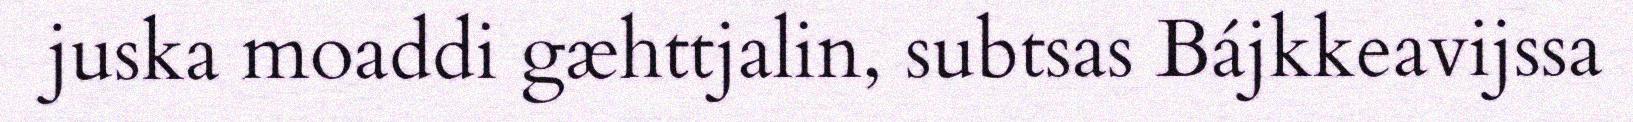
juska moaddi gæhttjalin, subtsas Bájkkeavijssa